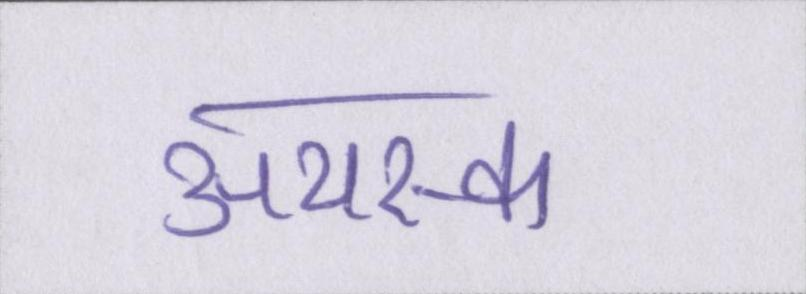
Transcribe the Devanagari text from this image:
अयस्क